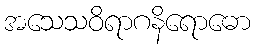
အသေသဝိရာဂနိရောဓော